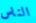
الناس